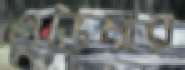
ওড়িষার